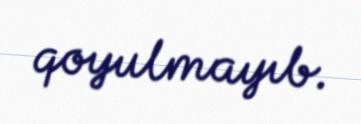
qoyulmayıb.